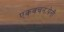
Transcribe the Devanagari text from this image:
एकवचनःपेनी